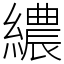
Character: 繷